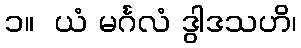
၁။  ယံ မင်္ဂလံ ဒွါဒသဟိ၊